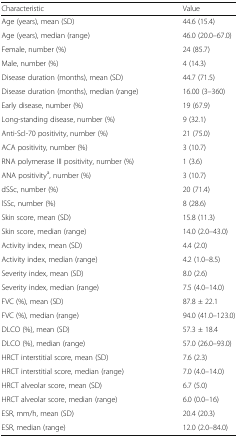
<table><thead><tr><td><b>Characteristic</b></td><td><b>Value</b></td></tr></thead><tbody><tr><td>Age (years), mean (SD)</td><td>44.6 (15.4)</td></tr><tr><td>Age (years), median (range)</td><td>46.0 (20.0–67.0)</td></tr><tr><td>Female, number (%)</td><td>24 (85.7)</td></tr><tr><td>Male, number (%)</td><td>4 (14.3)</td></tr><tr><td>Disease duration (months), mean (SD)</td><td>44.7 (71.5)</td></tr><tr><td>Disease duration (months), median (range)</td><td>16.00 (3–360)</td></tr><tr><td>Early disease, number (%)</td><td>19 (67.9)</td></tr><tr><td>Long-standing disease, number (%)</td><td>9 (32.1)</td></tr><tr><td>Anti-Scl-70 positivity, number (%)</td><td>21 (75.0)</td></tr><tr><td>ACA positivity, number (%)</td><td>3 (10.7)</td></tr><tr><td>RNA polymerase III positivity, number (%)</td><td>1 (3.6)</td></tr><tr><td>ANA positivity<sup>a</sup>, number (%)</td><td>3 (10.7)</td></tr><tr><td>dSSc, number (%)</td><td>20 (71.4)</td></tr><tr><td>lSSc, number (%)</td><td>8 (28.6)</td></tr><tr><td>Skin score, mean (SD)</td><td>15.8 (11.3)</td></tr><tr><td>Skin score, median (range)</td><td>14.0 (2.0–43.0)</td></tr><tr><td>Activity index, mean (SD)</td><td>4.4 (2.0)</td></tr><tr><td>Activity index, median (range)</td><td>4.2 (1.0–8.5)</td></tr><tr><td>Severity index, mean (SD)</td><td>8.0 (2.6)</td></tr><tr><td>Severity index, median (range)</td><td>7.5 (4.0–14.0)</td></tr><tr><td>FVC (%), mean (SD)</td><td>87.8 ± 22.1</td></tr><tr><td>FVC (%), median (range)</td><td>94.0 (41.0–123.0)</td></tr><tr><td>DLCO (%), mean (SD)</td><td>57.3 ± 18.4</td></tr><tr><td>DLCO (%), median (range)</td><td>57.0 (26.0–93.0)</td></tr><tr><td>HRCT interstitial score, mean (SD)</td><td>7.6 (2.3)</td></tr><tr><td>HRCT interstitial score, median (range)</td><td>7.0 (4.0–14.0)</td></tr><tr><td>HRCT alveolar score, mean (SD)</td><td>6.7 (5.0)</td></tr><tr><td>HRCT alveolar score, median (range)</td><td>6.0 (0.0–16)</td></tr><tr><td>ESR, mm/h, mean (SD)</td><td>20.4 (20.3)</td></tr><tr><td>ESR, median (range)</td><td>12.0 (2.0–84.0)</td></tr></tbody></table>